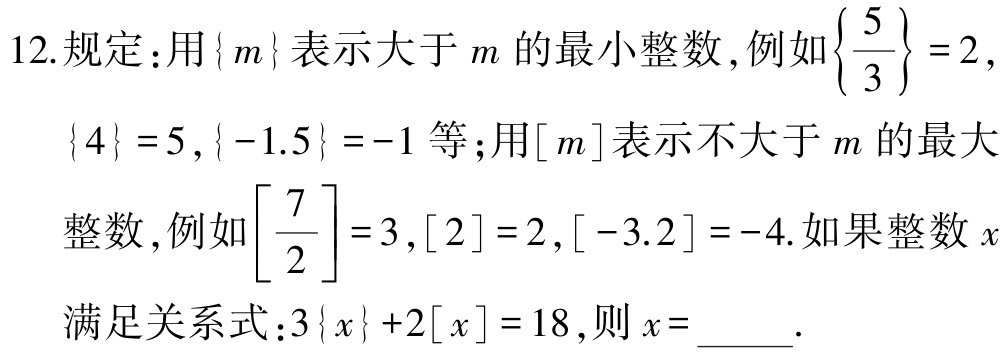
12.规定：用\(\{m\}\)表示大于\(m\)的最小整数，例如\(\left\{\dfrac{5}{3}\right\}=2\)，\(\{4\}=5\)，\(\{-1.5\}=-1\)等；用\([m]\)表示不大于\(m\)的最大整数，例如\(\left[\dfrac{7}{2}\right]=3\)，\([2]=2\)，\([-3.2]= - 4\).如果整数\(x\)满足关系式：\(3\{x\}+2[x]=18\)，则\(x = \)_____.